Vaccination in Bombay 1924-1928 - 1924-1928
Year: 1924
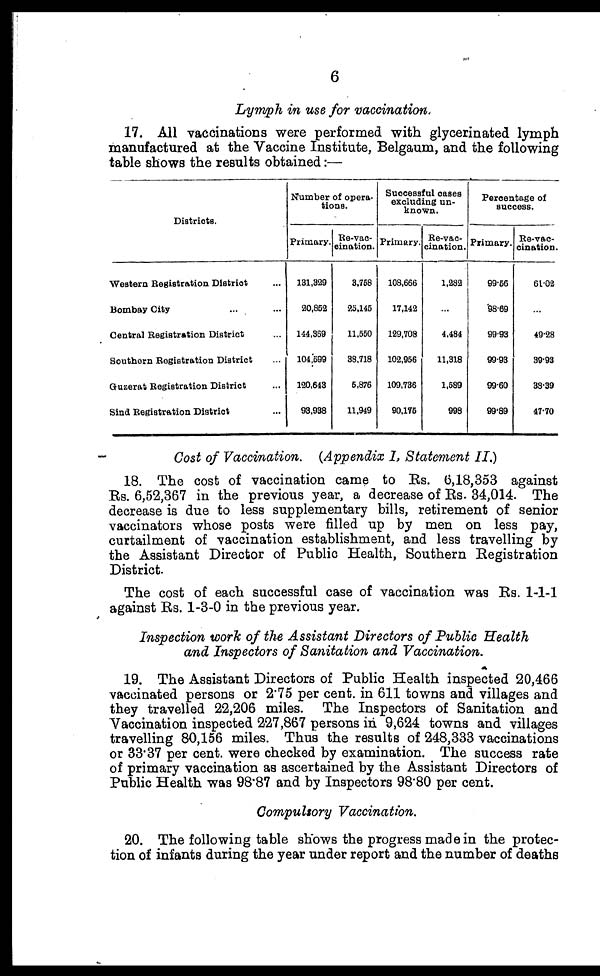
6
Lymph in use for vaccination.
17. All vaccinations were performed with glycerinated lymph
manufactured at the Vaccine Institute, Belgaum, and the following
table shows the results obtained:—
Districts.
Western Registration District ...
Bombay City ...
Central Registration District ...
Southern Registration District ...
Guzerat Registration District ...
Sind Registration District ...
Number of opera-
tions.
Primary.
131,329
20,852
144,369
104,599
120,643
93,938
Re-vac-
cination.
3,758
25,146
11,550
38,718
5,876
11,949
Successful cases
excluding un-
known.
Primary.
108,666
17,142
129,708
102,956
109,736
90,175
Re-vac-
cination.
1,282
...
4,484
11,318
1,589
998
Percentage of
success.
Primary.
99.56
98.69
99.93
99.93
99.60
99.89
Re-vac-
cination.
61.02
...
49.28
39.93
38.39
47.70
Cost of Vaccination. (Appendix I, Statement II.)
18. The cost of vaccination came to Rs. 6,18,353 against
Rs. 6,52,367 in the previous year, a decrease of Rs. 34,014. The
decrease is due to less supplementary bills, retirement of senior
vaccinators whose posts were filled up by men on less pay,
curtailment of vaccination establishment, and less travelling by
the Assistant Director of Public Health, Southern Registration
District.
The cost of each successful case of vaccination was Rs. 1-1-1
against Rs. 1-3-0 in the previous year.
Inspection work of the Assistant Directors of Public Health
and Inspectors of Sanitation and Vaccination.
19. The Assistant Directors of Public Health inspected 20,466
vaccinated persons or 2.75 per cent. in 611 towns and villages and
they travelled 22,206 miles. The Inspectors of Sanitation and
Vaccination inspected 227,867 persons in 9,624 towns and villages
travelling 80,156 miles. Thus the results of 248,333 vaccinations
or 33.37 per cent. were checked by examination. The success rate
of primary vaccination as ascertained by the Assistant Directors of
Public Health was 98.87 and by Inspectors 98.80 per cent.
Compulsory Vaccination.
20. The following table shows the progress made in the protec-
tion of infants during the year under report and the number of deaths